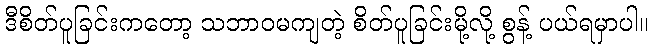
ဒီစိတ်ပူခြင်းကတော့ သဘာဝမကျတဲ့ စိတ်ပူခြင်းမို့လို့ စွန့် ပယ်ရမှာပါ။